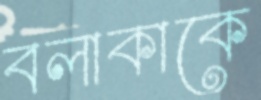
বলাকাকে